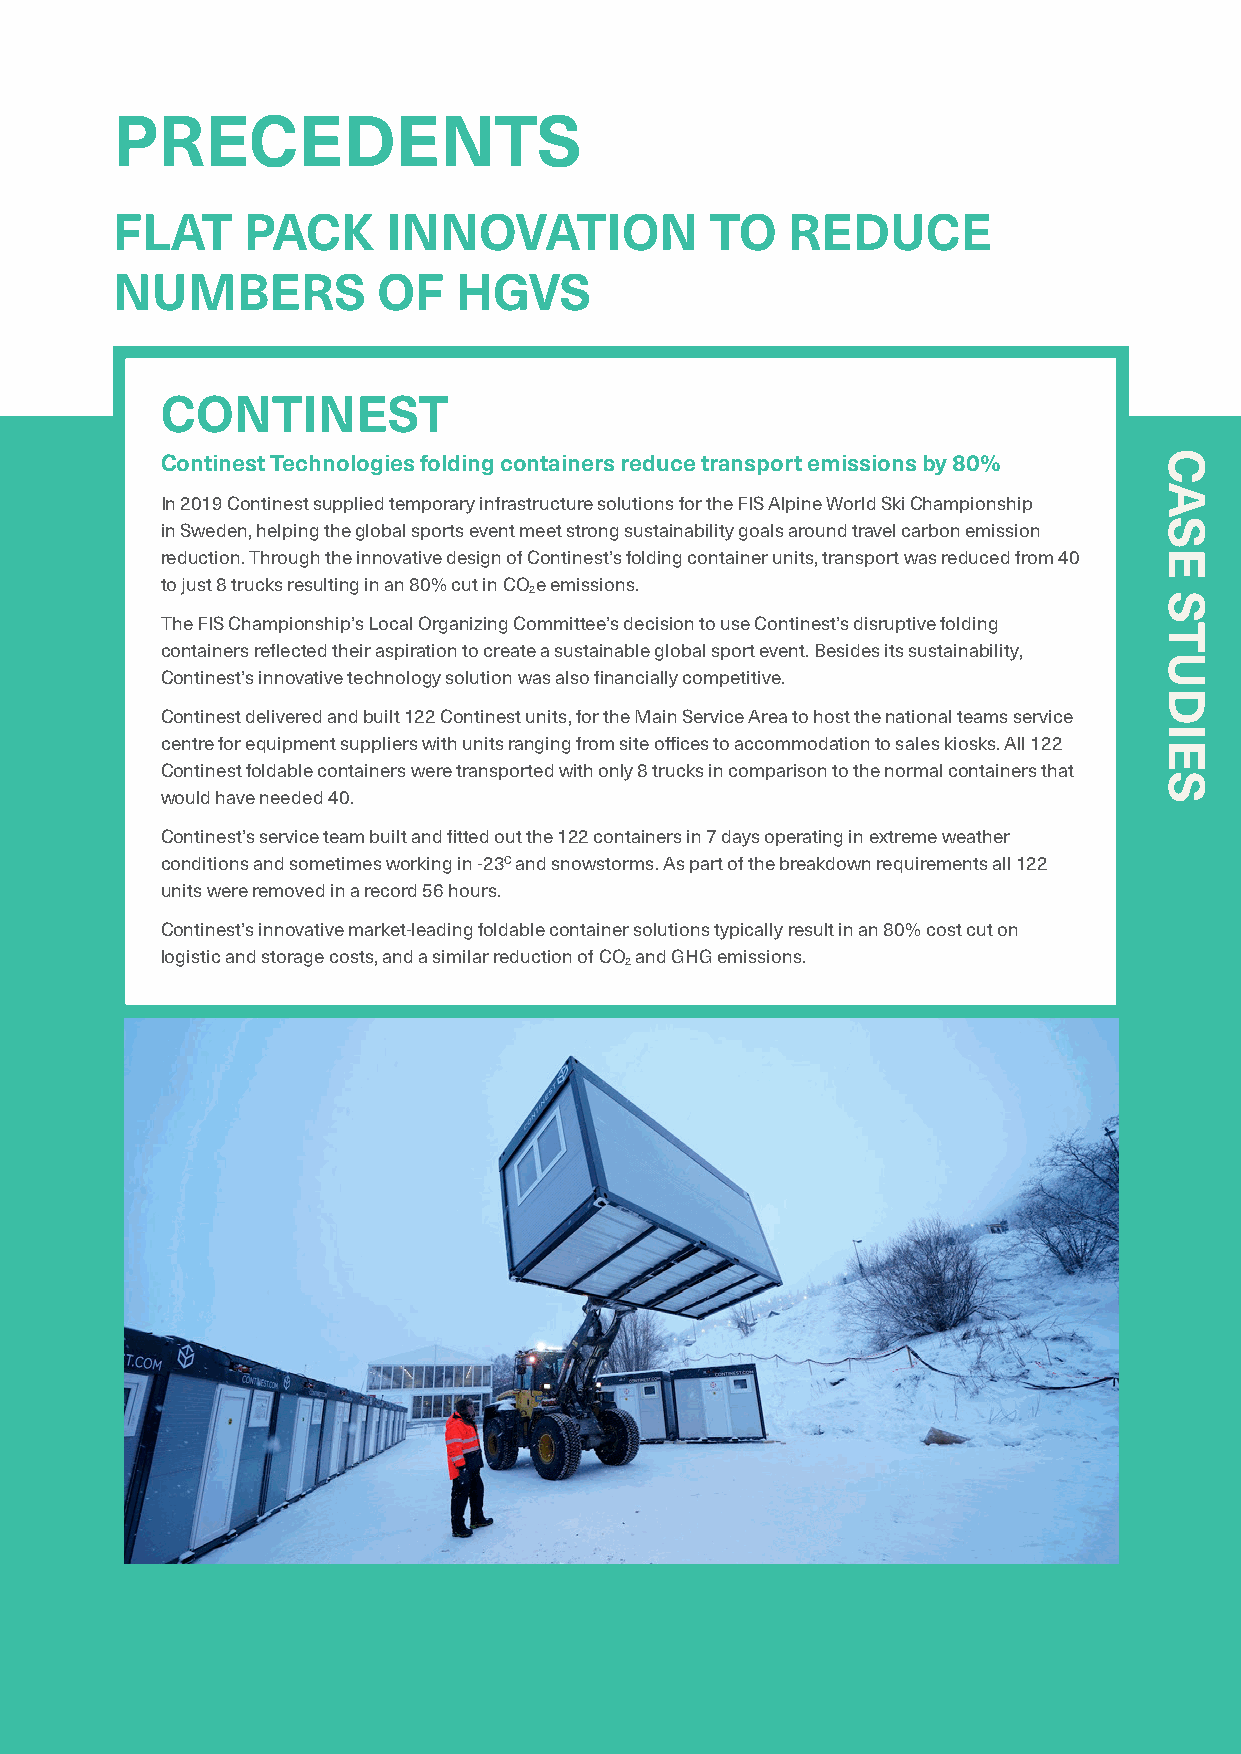
PRECEDENTS
 FLAT     PACK      INNOVATION           TO   REDUCE
 NUMBERS           OF   HGVS
 CONTINEST
 Continest Technologies folding containers reduce transport emissions by 80%
 In 2019 Continest supplied temporary infrastructure solutions for the FIS Alpine World Ski Championship
 in Sweden, helping the global sports event meet strong sustainability goals around travel carbon emission
 reduction. Through the innovative design of Continest’s folding container units, transport was reduced from 40
 to just 8 trucks resulting in an 80% cut in COe emissions.
 2
 The FIS Championship’s Local Organizing Committee’s decision to use Continest’s disruptive folding
 containers reflected their aspiration to create a sustainable global sport event. Besides its sustainability,
 Continest’s innovative technology solution was also financially competitive.
 Continest delivered and built 122 Continest units, for the Main Service Area to host the national teams service
 centre for equipment suppliers with units ranging from site offices to accommodation to sales kiosks. All 122
 Continest foldable containers were transported with only 8 trucks in comparison to the normal containers that
 would have needed 40.
 Continest’s service team built and fitted out the 122 containers in 7 days operating in extreme weather
 conditions and sometimes working in -23C and snowstorms. As part of the breakdown requirements all 122
 units were removed in a record 56 hours.
 Continest’s innovative market-leading foldable container solutions typically result in an 80% cost cut on
 logistic and storage costs, and a similar reduction of CO and GHG emissions.
 2
 95
 Travel
 and
 Transport
 CASE
 STUDIES